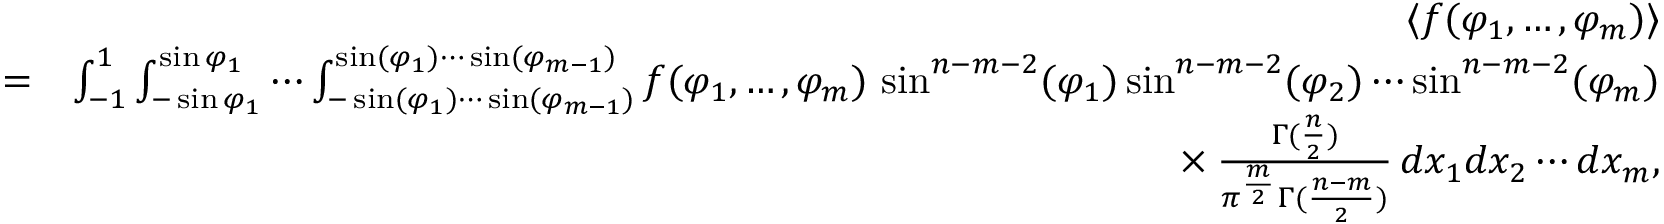
\begin{array} { r l r } & { } & { \langle f ( \varphi _ { 1 } , \ldots , \varphi _ { m } ) \rangle } \\ & { = } & { \int _ { - 1 } ^ { 1 } \int _ { - \sin \varphi _ { 1 } } ^ { \sin \varphi _ { 1 } } \cdots \int _ { - \sin ( \varphi _ { 1 } ) \cdots \sin ( \varphi _ { m - 1 } ) } ^ { \sin ( \varphi _ { 1 } ) \cdots \sin ( \varphi _ { m - 1 } ) } f ( \varphi _ { 1 } , \ldots , \varphi _ { m } ) \, \sin ^ { n - m - 2 } ( \varphi _ { 1 } ) \sin ^ { n - m - 2 } ( \varphi _ { 2 } ) \cdots \sin ^ { n - m - 2 } ( \varphi _ { m } ) } \\ & { } & { \phantom { \int _ { - 1 } ^ { 1 } \int _ { - \sin \varphi _ { 1 } } ^ { \sin \varphi _ { 1 } } \cdots \int _ { - \sin ( \varphi _ { 1 } ) \cdots \sin ( \varphi _ { m - 1 } ) } ^ { \sin ( \varphi _ { 1 } ) \cdots \sin ( \varphi _ { m - 1 } ) } } \times \frac { \Gamma ( \frac { n } { 2 } ) } { \pi ^ { \frac { m } { 2 } } \Gamma ( \frac { n - m } { 2 } ) } \, d x _ { 1 } d x _ { 2 } \cdots d x _ { m } , } \end{array}